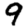
Digit: 9